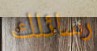
رسائلك